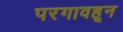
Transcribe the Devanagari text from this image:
परगावहून